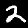
Digit: 2